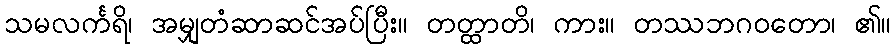
သမလင်္ကရိ၊ အမျှတံဆာဆင်အပ်ပြီး။ တတ္ထာတိ၊ ကား။ တဿဘဂဝတော၊ ၏။